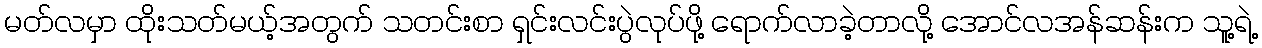
မတ်လမှာ ထိုးသတ်မယ့်အတွက် သတင်းစာ ရှင်းလင်းပွဲလုပ်ဖို့ ရောက်လာခဲ့တာလို့ အောင်လအန်ဆန်းက သူ့ရဲ့